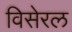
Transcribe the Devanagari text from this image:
विसेरल